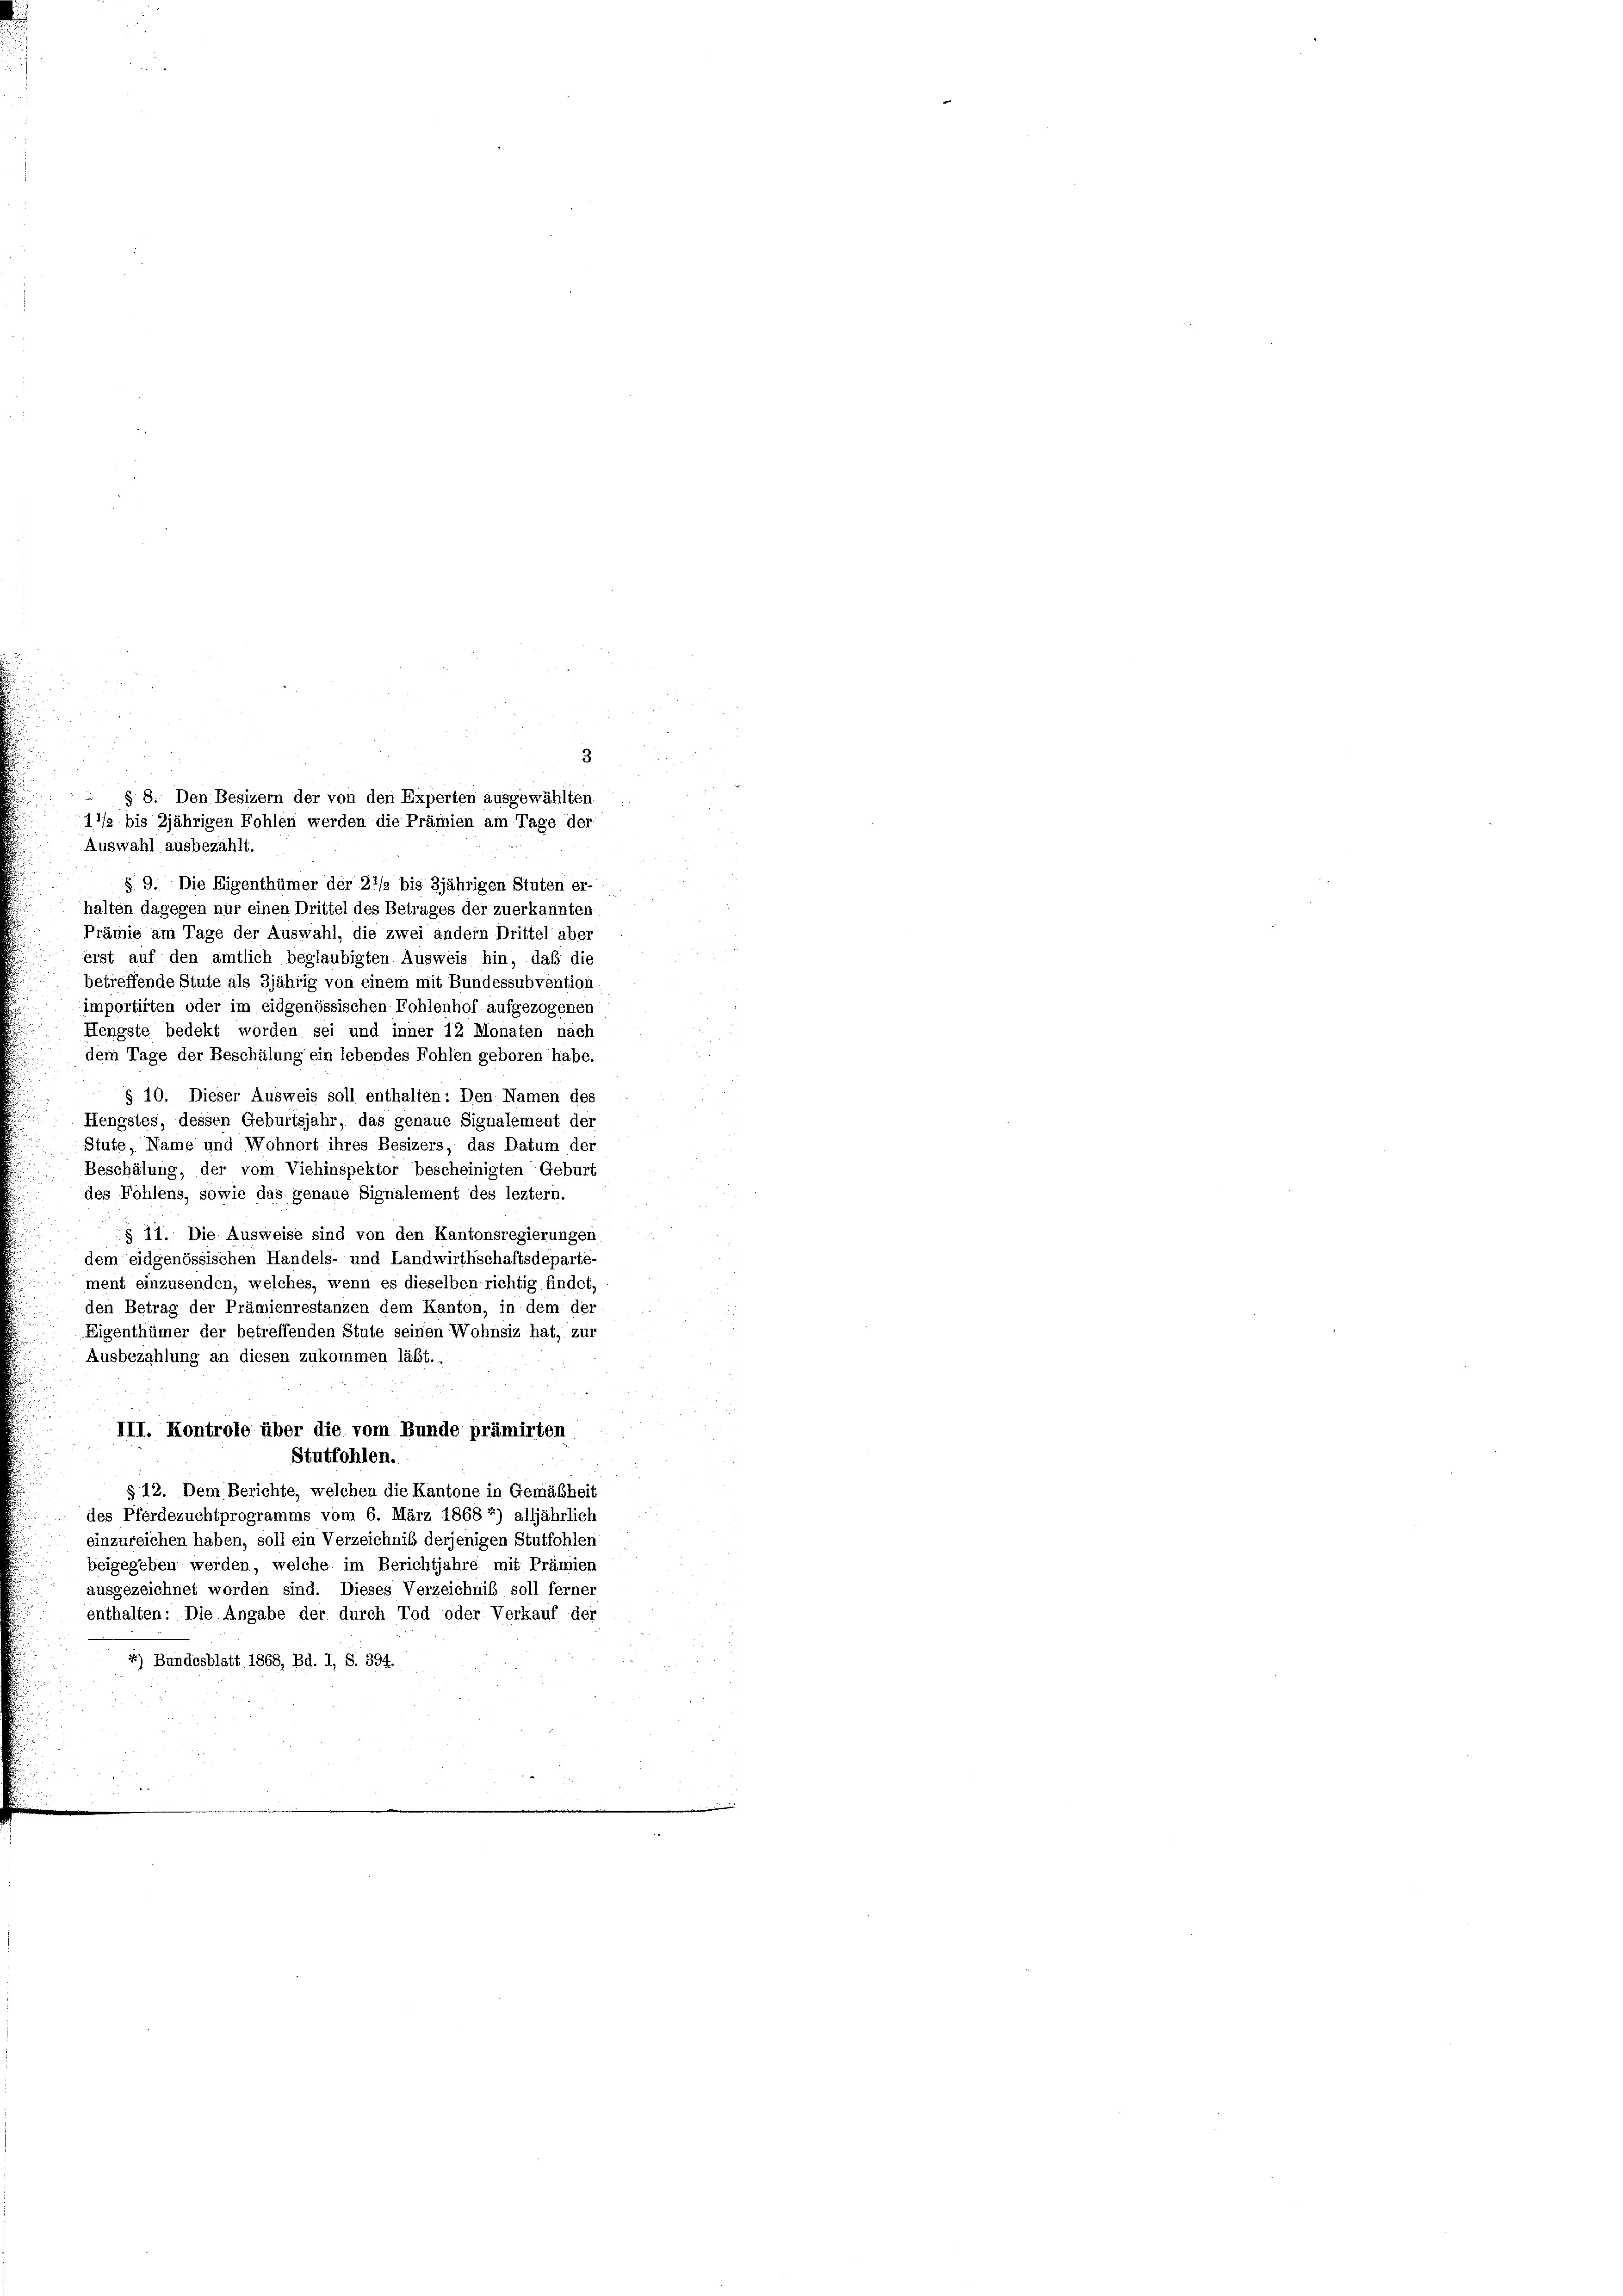
Auswahl ausbezahlt.
§. 9. Die Eigenthümer der 21/2 bis 3jährigen Stuten er-
halten dagegen nur einen Drittel des Betrages der zuerkannten:
Prämie am Tage der Auswahl, die zwei andern Drittel aber
erst auf den amtlich beglaubigten Ausweis hin, daß die
betreffende Stute als 3jährig von einem mit Bundessubvention
importirten oder im eidgenössischen Fohlenhof aufgezogenen
Hengste bedekt worden sei und inner 12 Monaten nach
dem Tage der Beschälung ein lebendes Fohlen geboren habe.
 § 10. Dieser Ausweis soll enthalten: Den Namen des
Hengstes, dessen Geburtsjahr, das genaue Signalement der
Stutz, Name und Wohnort ihres Besizers, das Datum der
Beschätung, der vom Viehinspektor bescheinigten Geburt
des Fohlens, sowie das genaue Signalement des leztern.
§ 11. Die Ausweise sind von den Kantonsregierungen
dem eidgenössischen Handels- und Landwirthschaftsdeparte
ment einzusenden, welches, wenn es dieselben richtig findet
den Betrag der Prämienrestanzen dem Kanton, in dem der
Eigenthümer der betreffenden Stute seinen Wohnsiz hat, zur
Ausbezahlung an diesen zukommen läßt. .
III. Kontrole über die vom Bunde prämirten
Stutfohlen.
§ 12. Dem Berichte, welchen die Kantone in Gemäßheit
des Pferdezuchtprogramms vom 6. März 1868 *) alljährlich
einzureichen haben, soll ein Verzeichniß derjenigen Stutfohlen
beigegeben werden, welche im Berichtjahre mit Prämien
ausgezeichnet worden sind. Dieses Verzeichniß soll ferner
enthalten: Die Angabe der durch Tod oder Verkauf der
1). Bundesblatt 1868, Bd. I, S. 394.

3
§ 8. Den Besizern der von den Experten ausgewählten
11/2 bis 2jährigen Fohlen werden die Prämien am Tage der